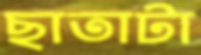
ছাতাটা